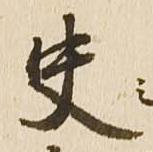
史